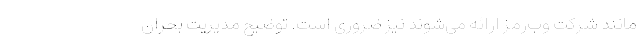
مانند شرکت وب‌رمز ارائه می‌شوند نیز ضروری است. توضیح مدیریت بحران